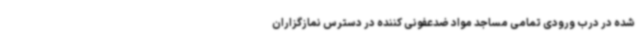
شده در درب ورودی تمامی مساجد مواد ضدعفونی کننده در دسترس نمازگزاران